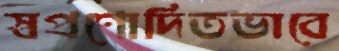
স্বপ্রণোদিতভাবে